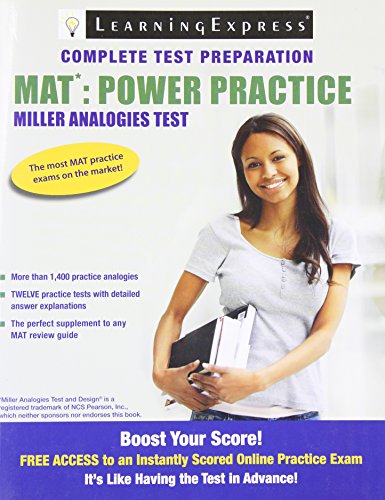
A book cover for MAT: Power Practice; Learning Express Editors; Test Preparation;